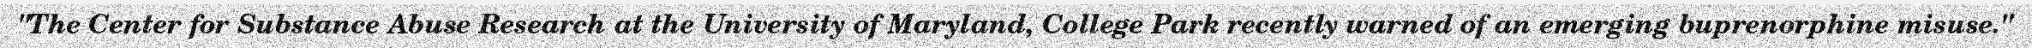
"The Center for Substance Abuse Research at the University of Maryland, College Park recently warned of an emerging buprenorphine misuse."